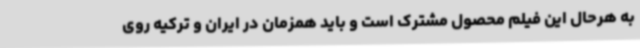
به هرحال این فیلم محصول مشترک است و باید همزمان در ایران و ترکیه روی